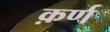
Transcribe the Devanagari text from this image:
क़र्ण